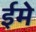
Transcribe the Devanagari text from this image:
ईमे